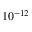
1 0 ^ { - 1 2 }